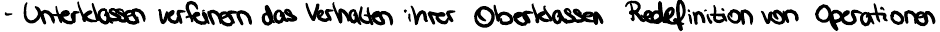
- Unterklassen verfeinern das Verhalten ihrer Oberklassen Redefinition von Operationen